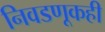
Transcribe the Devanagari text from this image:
निवडणूकही